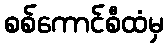
စစ်ကောင်စီထံမှ